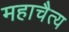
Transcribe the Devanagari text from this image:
महाचैत्य